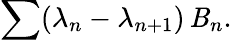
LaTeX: \sum(\lambda_{n}-\lambda_{n+1})\, \mathit{B}_{n}.